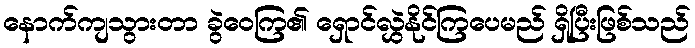
နောက်ကျသွားတာ ခွဲဝေကြ၏ ရှောင်လွှဲနိုင်ကြပေမည် ရှိပြီးဖြစ်သည်